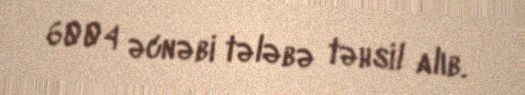
6004 əcnəbi tələbə təhsil alıb.